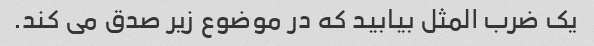
یک ضرب المثل بیابید که در موضوع زیر صدق می کند.